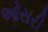
ઓસરી